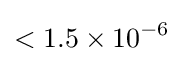
<1.5\times 10^{-6}